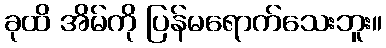
ခုထိ အိမ်ကို ပြန်မရောက်သေးဘူး။